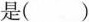
是( )